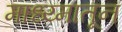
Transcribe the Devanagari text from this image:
माध्य्मातून